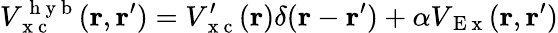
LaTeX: V_{\mathrm{~x~c~}}^{\mathrm{~h~y~b~}}(\mathbf{r},\mathbf{r}^{\prime})=V_{\mathrm{~x~c~}}^{\prime}(\mathbf{r})\delta(\mathbf{r}-\mathbf{r}^{\prime})+\alpha V_{\mathrm{~E~x~}}(\mathbf{r},\mathbf{r}^{\prime})